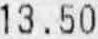
13.50